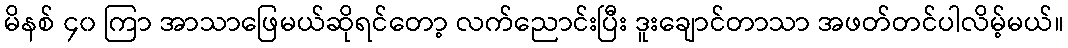
မိနစ် ၄၀ ကြာ အာသာဖြေမယ်ဆိုရင်တော့ လက်ညောင်းပြီး ဒူးချောင်တာသာ အဖတ်တင်ပါလိမ့်မယ်။